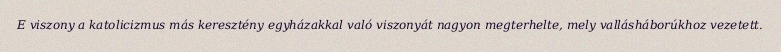
E viszony a katolicizmus más keresztény egyházakkal való viszonyát nagyon megterhelte, mely vallásháborúkhoz vezetett.